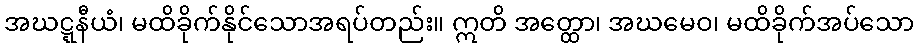
အဃဋ္ဋနီယံ၊ မထိခိုက်နိုင်သောအရပ်တည်း။ ဣတိ အတ္ထော၊ အဃမေဝ၊ မထိခိုက်အပ်သော